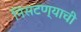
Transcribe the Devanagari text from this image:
निसटण्याची